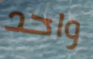
واحد